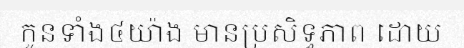
កូនទាំង៤យ៉ាង មានប្រសិទ្ធភាព ដោយ